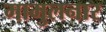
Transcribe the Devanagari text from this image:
मामुलनार